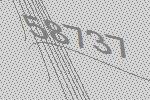
58737